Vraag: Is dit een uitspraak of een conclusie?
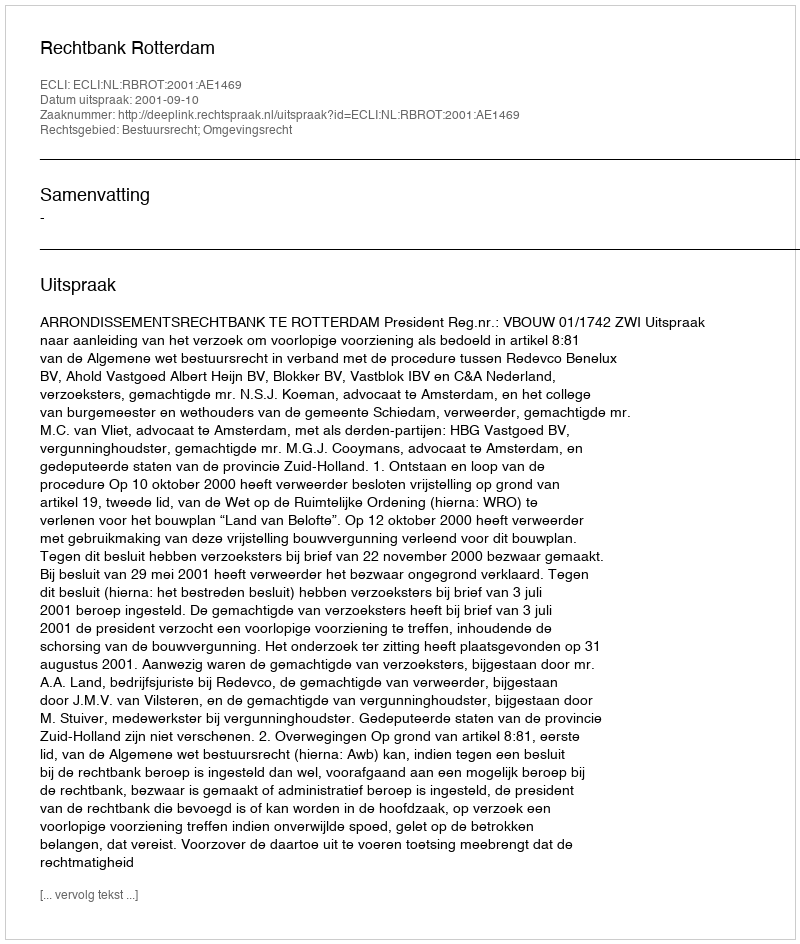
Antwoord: Uitspraak